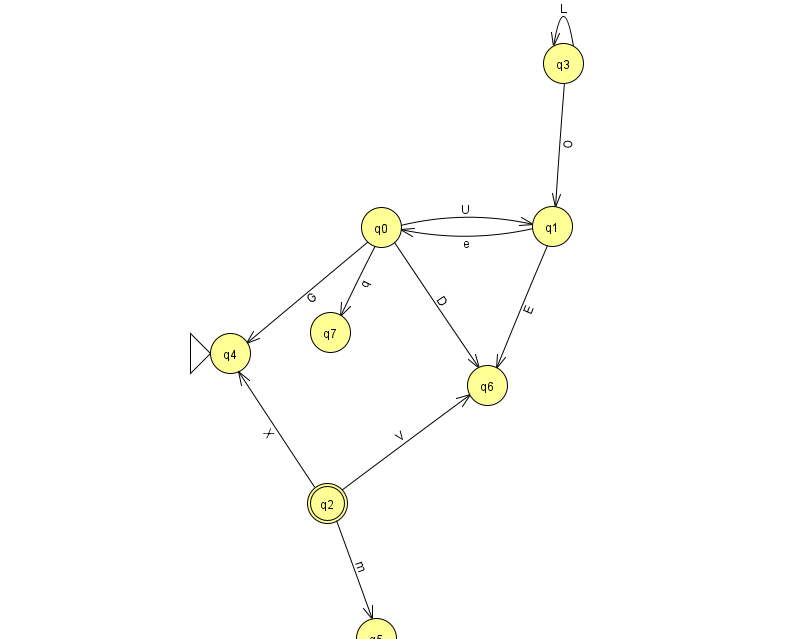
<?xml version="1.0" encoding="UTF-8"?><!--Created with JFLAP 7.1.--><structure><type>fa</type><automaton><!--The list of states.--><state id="0" name="q0"><x>381.0</x><y>214.0</y></state><state id="1" name="q1"><x>552.0</x><y>213.0</y></state><state id="2" name="q2"><x>327.0</x><y>490.0</y><final/></state><state id="3" name="q3"><x>563.0</x><y>50.0</y></state><state id="4" name="q4"><x>230.0</x><y>340.0</y><initial/></state><state id="5" name="q5"><x>376.0</x><y>625.0</y></state><state id="6" name="q6"><x>487.0</x><y>372.0</y></state><state id="7" name="q7"><x>330.0</x><y>319.0</y></state><!--The list of transitions.--><transition><from>0</from><to>1</to><read>U</read></transition><transition><from>1</from><to>0</to><read>e</read></transition><transition><from>1</from><to>6</to><read>E</read></transition><transition><from>2</from><to>6</to><read>V</read></transition><transition><from>0</from><to>6</to><read>D</read></transition><transition><from>0</from><to>7</to><read>q</read></transition><transition><from>3</from><to>1</to><read>O</read></transition><transition><from>2</from><to>4</to><read>X</read></transition><transition><from>2</from><to>5</to><read>m</read></transition><transition><from>0</from><to>4</to><read>G</read></transition><transition><from>3</from><to>3</to><read>L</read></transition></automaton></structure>